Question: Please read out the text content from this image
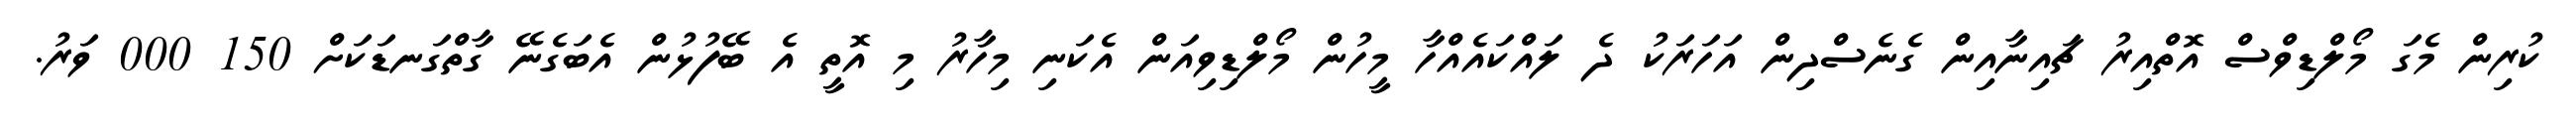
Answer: ކުރިން މެގަ މޯލްޑިވްސް އޮތްއިރު ޗައިނާއިން ގެނެސްދިން އަހަރަކު ދެ ލައްކައެއްހާ މީހުން މޯލްޑިވިއަން އެކަނި މިހާރު މި އޮތީ އެ ބޭފުޅުން އެބަގެނޭ ގާތްގަނޑަކަށް 150 000 ވަރު.